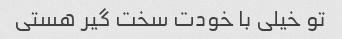
تو خیلی با خودت سخت گیر هستی